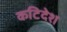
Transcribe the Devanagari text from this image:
कटिदेश